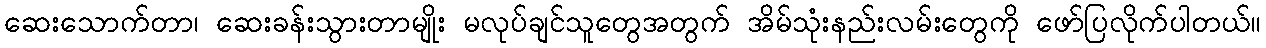
ဆေးသောက်တာ၊ ဆေးခန်းသွားတာမျိုး မလုပ်ချင်သူတွေအတွက် အိမ်သုံးနည်းလမ်းတွေကို ဖော်ပြလိုက်ပါတယ်။